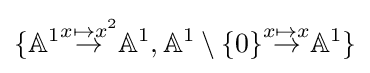
\{\mathbb {A} ^{1}{\stackrel {x\mapsto x^{2}}{\to }}\mathbb {A} ^{1},\mathbb {A} ^{1}\setminus \{0\}{\stackrel {x\mapsto x}{\to }}\mathbb {A} ^{1}\}